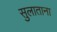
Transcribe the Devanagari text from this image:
सुलाताना